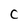
Character: C